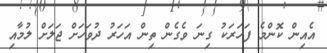
އެއިން ކޮންމެ ފަހަރަކު ގިނަ ވެގެން ތިން އަހަރު ދުވަހަށް ޖަލަށް ލުމާއި